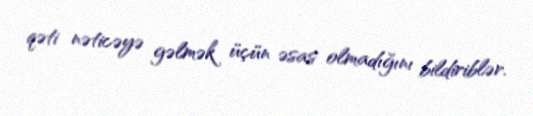
qəti nəticəyə gəlmək üçün əsas olmadığını bildiriblər.